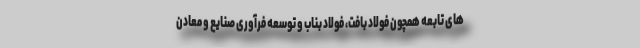
های تابعه همچون فولاد بافت، فولاد بناب و توسعه فرآوری صنایع و معادن